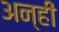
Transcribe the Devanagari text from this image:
अन्हीं